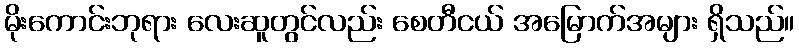
မိုးကောင်းဘုရား လေးဆူတွင်လည်း စေတီငယ် အမြောက်အများ ရှိသည်။